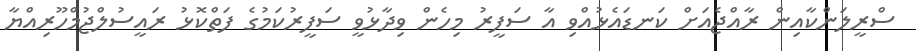
ސްރީލަންކާއިން ރާއްޖެއަށް ކަނޑައެޅުއްވި އާ ސަފީރު މިހެން ވިދާޅުވީ ސަފީރުކަމުގެ ފަތްކޮޅު ރައީސުލްޖުމްހޫރިއްޔާ